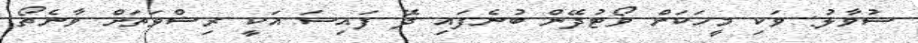
ސުވާލު: ވަކި މީހަކަށް ވޯޓުދޭން ބުނެފައި ދޭ ފައިސަ އަކީ ރިޝްވަތަށް ވާނެތޯ